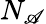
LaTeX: N_{\mathscr{A}}